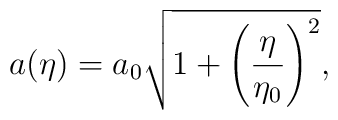
a(\eta) =a_0 \sqrt{1+\left({\eta\over \eta_0}\right)^2},